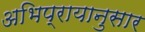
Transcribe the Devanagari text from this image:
अभिप्रायानुसार